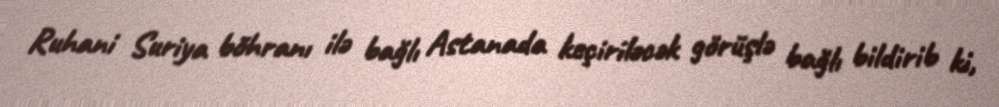
Ruhani Suriya böhranı ilə bağlı Astanada keçiriləcək görüşlə bağlı bildirib ki,